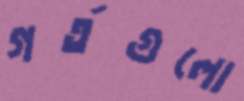
গর্তগুলো